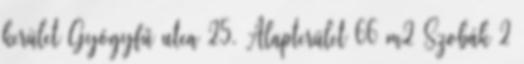
kerület Gyógyfű utca 25. Alapterület 66 m2 Szobák 2